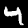
Label: 4